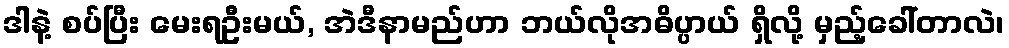
ဒါနဲ့ စပ်ပြီး မေးရဦးမယ်, အဲဒီနာမည်ဟာ ဘယ်လိုအဓိပ္ပာယ် ရှိလို့ မှည့်ခေါ်တာလဲ၊